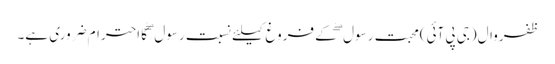
ظفروال(جی پی آئی)محبت رسول ۖ کے فروغ کیلئے نسبت رسول ۖ کا احترام ضروری ہے۔